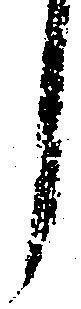
し